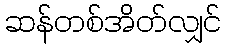
ဆန်တစ်အိတ်လျှင်